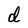
Character: d